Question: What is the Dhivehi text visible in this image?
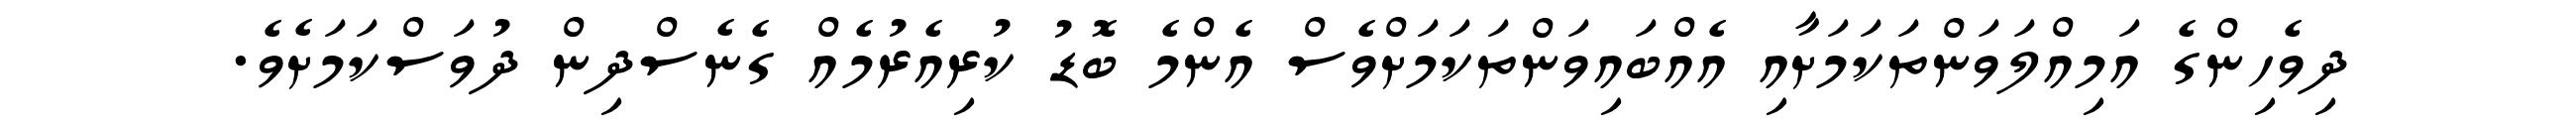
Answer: ދިވެހިންގެ އަމިއްލަވަންތަކަމަށާއި އެއްބައިވަންތަކަމަށްވެސް އެންމެ ބޮޑު ކުރިއެރުމެއް ގެނެސްދިން ދުވަސްކަމަށެވެ.